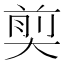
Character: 𪥗